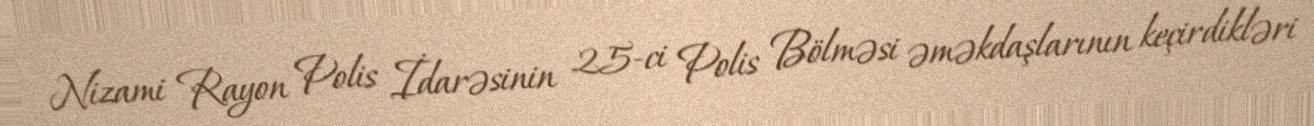
Nizami Rayon Polis İdarəsinin 25-ci Polis Bölməsi əməkdaşlarının keçirdikləri